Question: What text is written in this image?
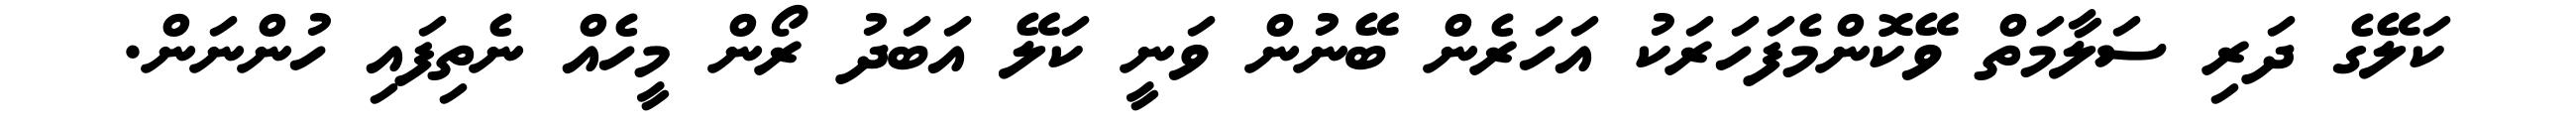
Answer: ކަލޭގެ ދަރި ސަލާމަތް ވޭކޮންމެފަހަރަކު އަހަރެން ބޭނުން ވަނީ ކަލޭ އަބަދު ރޯން މީހެއް ނެތިފައި ހުންނަން.